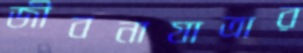
জীবনাযাত্রার